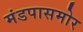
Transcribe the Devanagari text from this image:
मंडपासमोर